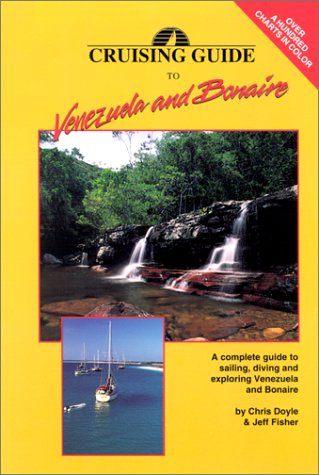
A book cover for Cruising Guide to Venezuela and Bonaire; Chris Doyle; Travel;